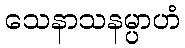
သေနာသနမ္ပာဟံ